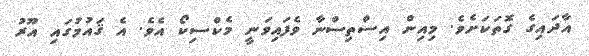
އާދައިގެ ގޮތަކަށެވެ. މިއިން އިސްތިސްނާ ވެފައިވަނީ މެކްސިކޯ އެވެ. އެ ޤައުމުގައި އޫރު